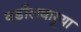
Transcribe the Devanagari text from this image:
वडीलधार्‍या